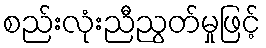
စည်းလုံးညီညွတ်မှုဖြင့်